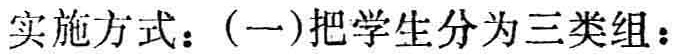
实施方式：(一)把学生分为三类组：